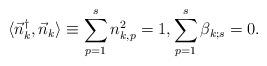
LaTeX: \begin{align*}\langle \vec{n}_k ^\dag , \vec{n}_k\rangle \equiv \sum_{p=1}^s n_{k,p}^{2}= 1, \sum_{p=1}^{s} \beta_{k;s} =0.\end{align*}